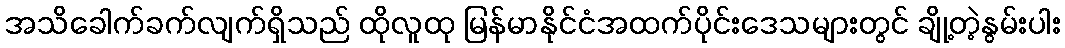
အသိခေါက်ခက်လျက်ရှိသည် ထိုလူထု မြန်မာနိုင်ငံအထက်ပိုင်းဒေသများတွင် ချို့တဲ့နွမ်းပါး